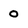
Character: 0